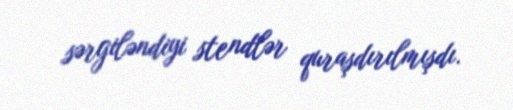
sərgiləndiyi stendlər quraşdırılmışdı.